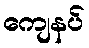
ကျေနပ်